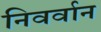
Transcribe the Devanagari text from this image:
निवर्वान